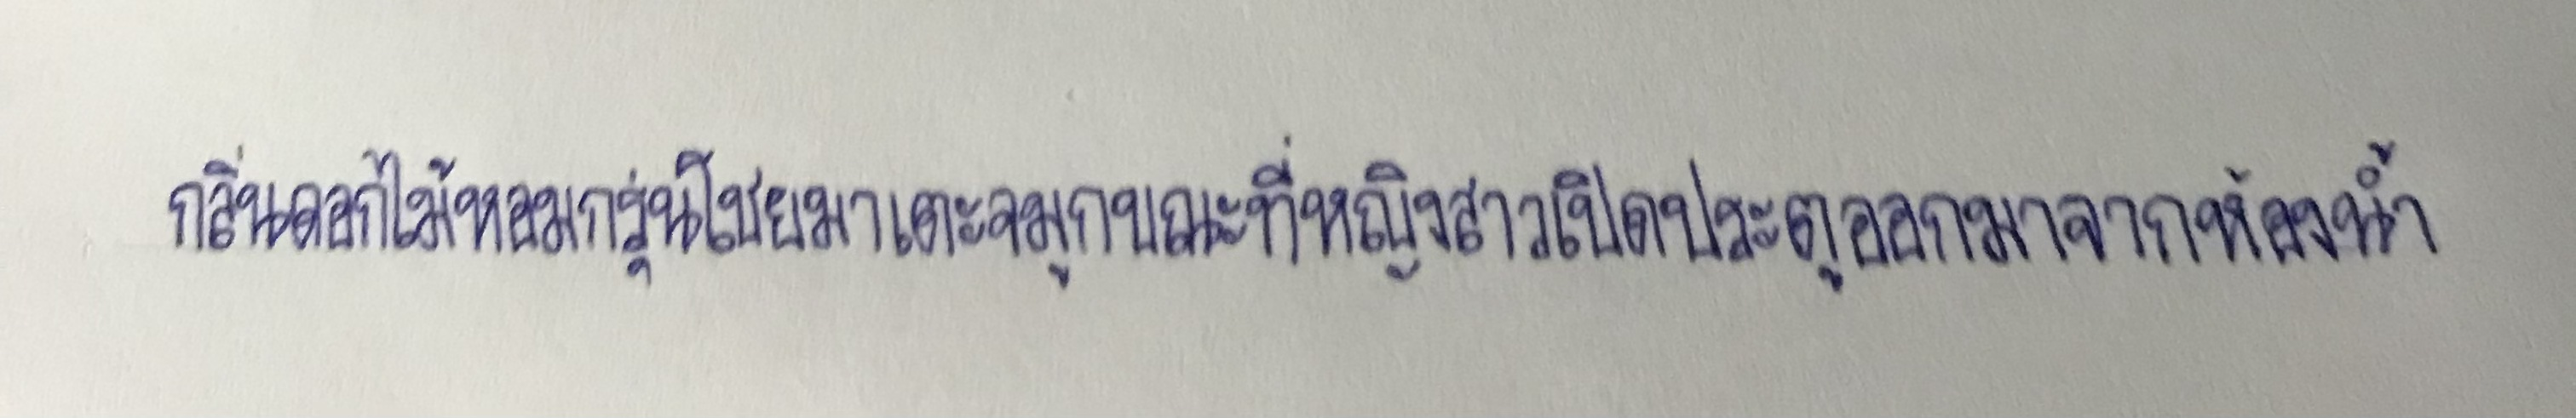
กลิ่นดอกไม้หอมกรุ่นโชยมาแตะจมูกขณะที่หญิงสาวเปิดประตูออกมาจากห้องน้ำ